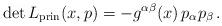
LaTeX: \begin{align*}\det L_\mathrm{prin}(x,p)=-g^{\alpha\beta}(x)\,p_\alpha p_\beta\,.\end{align*}